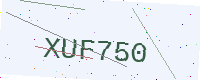
Text: XUF750